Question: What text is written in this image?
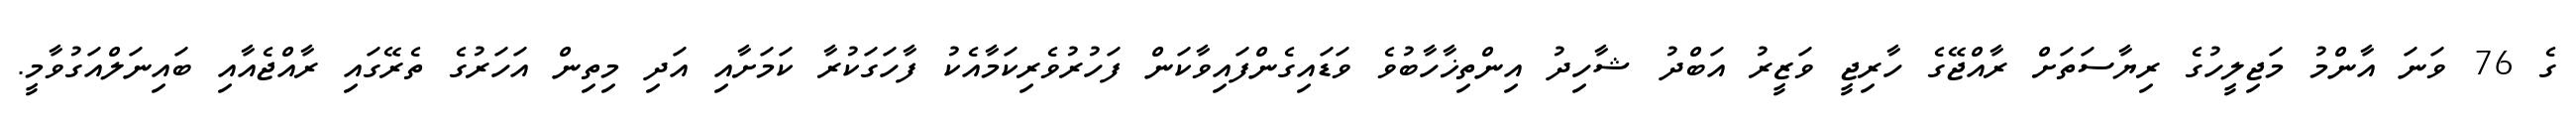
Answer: ގެ 76 ވަނަ އާންމު މަޖިލީހުގެ ރިޔާސަތަށް ރާއްޖޭގެ ހާރިޖީ ވަޒީރު އަބްދު ޝާހިދު އިންތިޚާހާބުވެ ވަޑައިގެންފައިވާކަން ފަހުރުވެރިކަމާއެކު ފާހަގަކުރާ ކަމަށާއި އަދި މިތިން އަހަރުގެ ތެރޭގައި ރާއްޖެއާއި ބައިނަލްއަގުވާމީ.